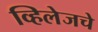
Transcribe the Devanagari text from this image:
व्हिलेजचे